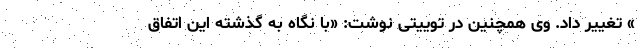
» تغییر داد. وی همچنین در توییتی نوشت: «با نگاه به گذشته این اتفاق